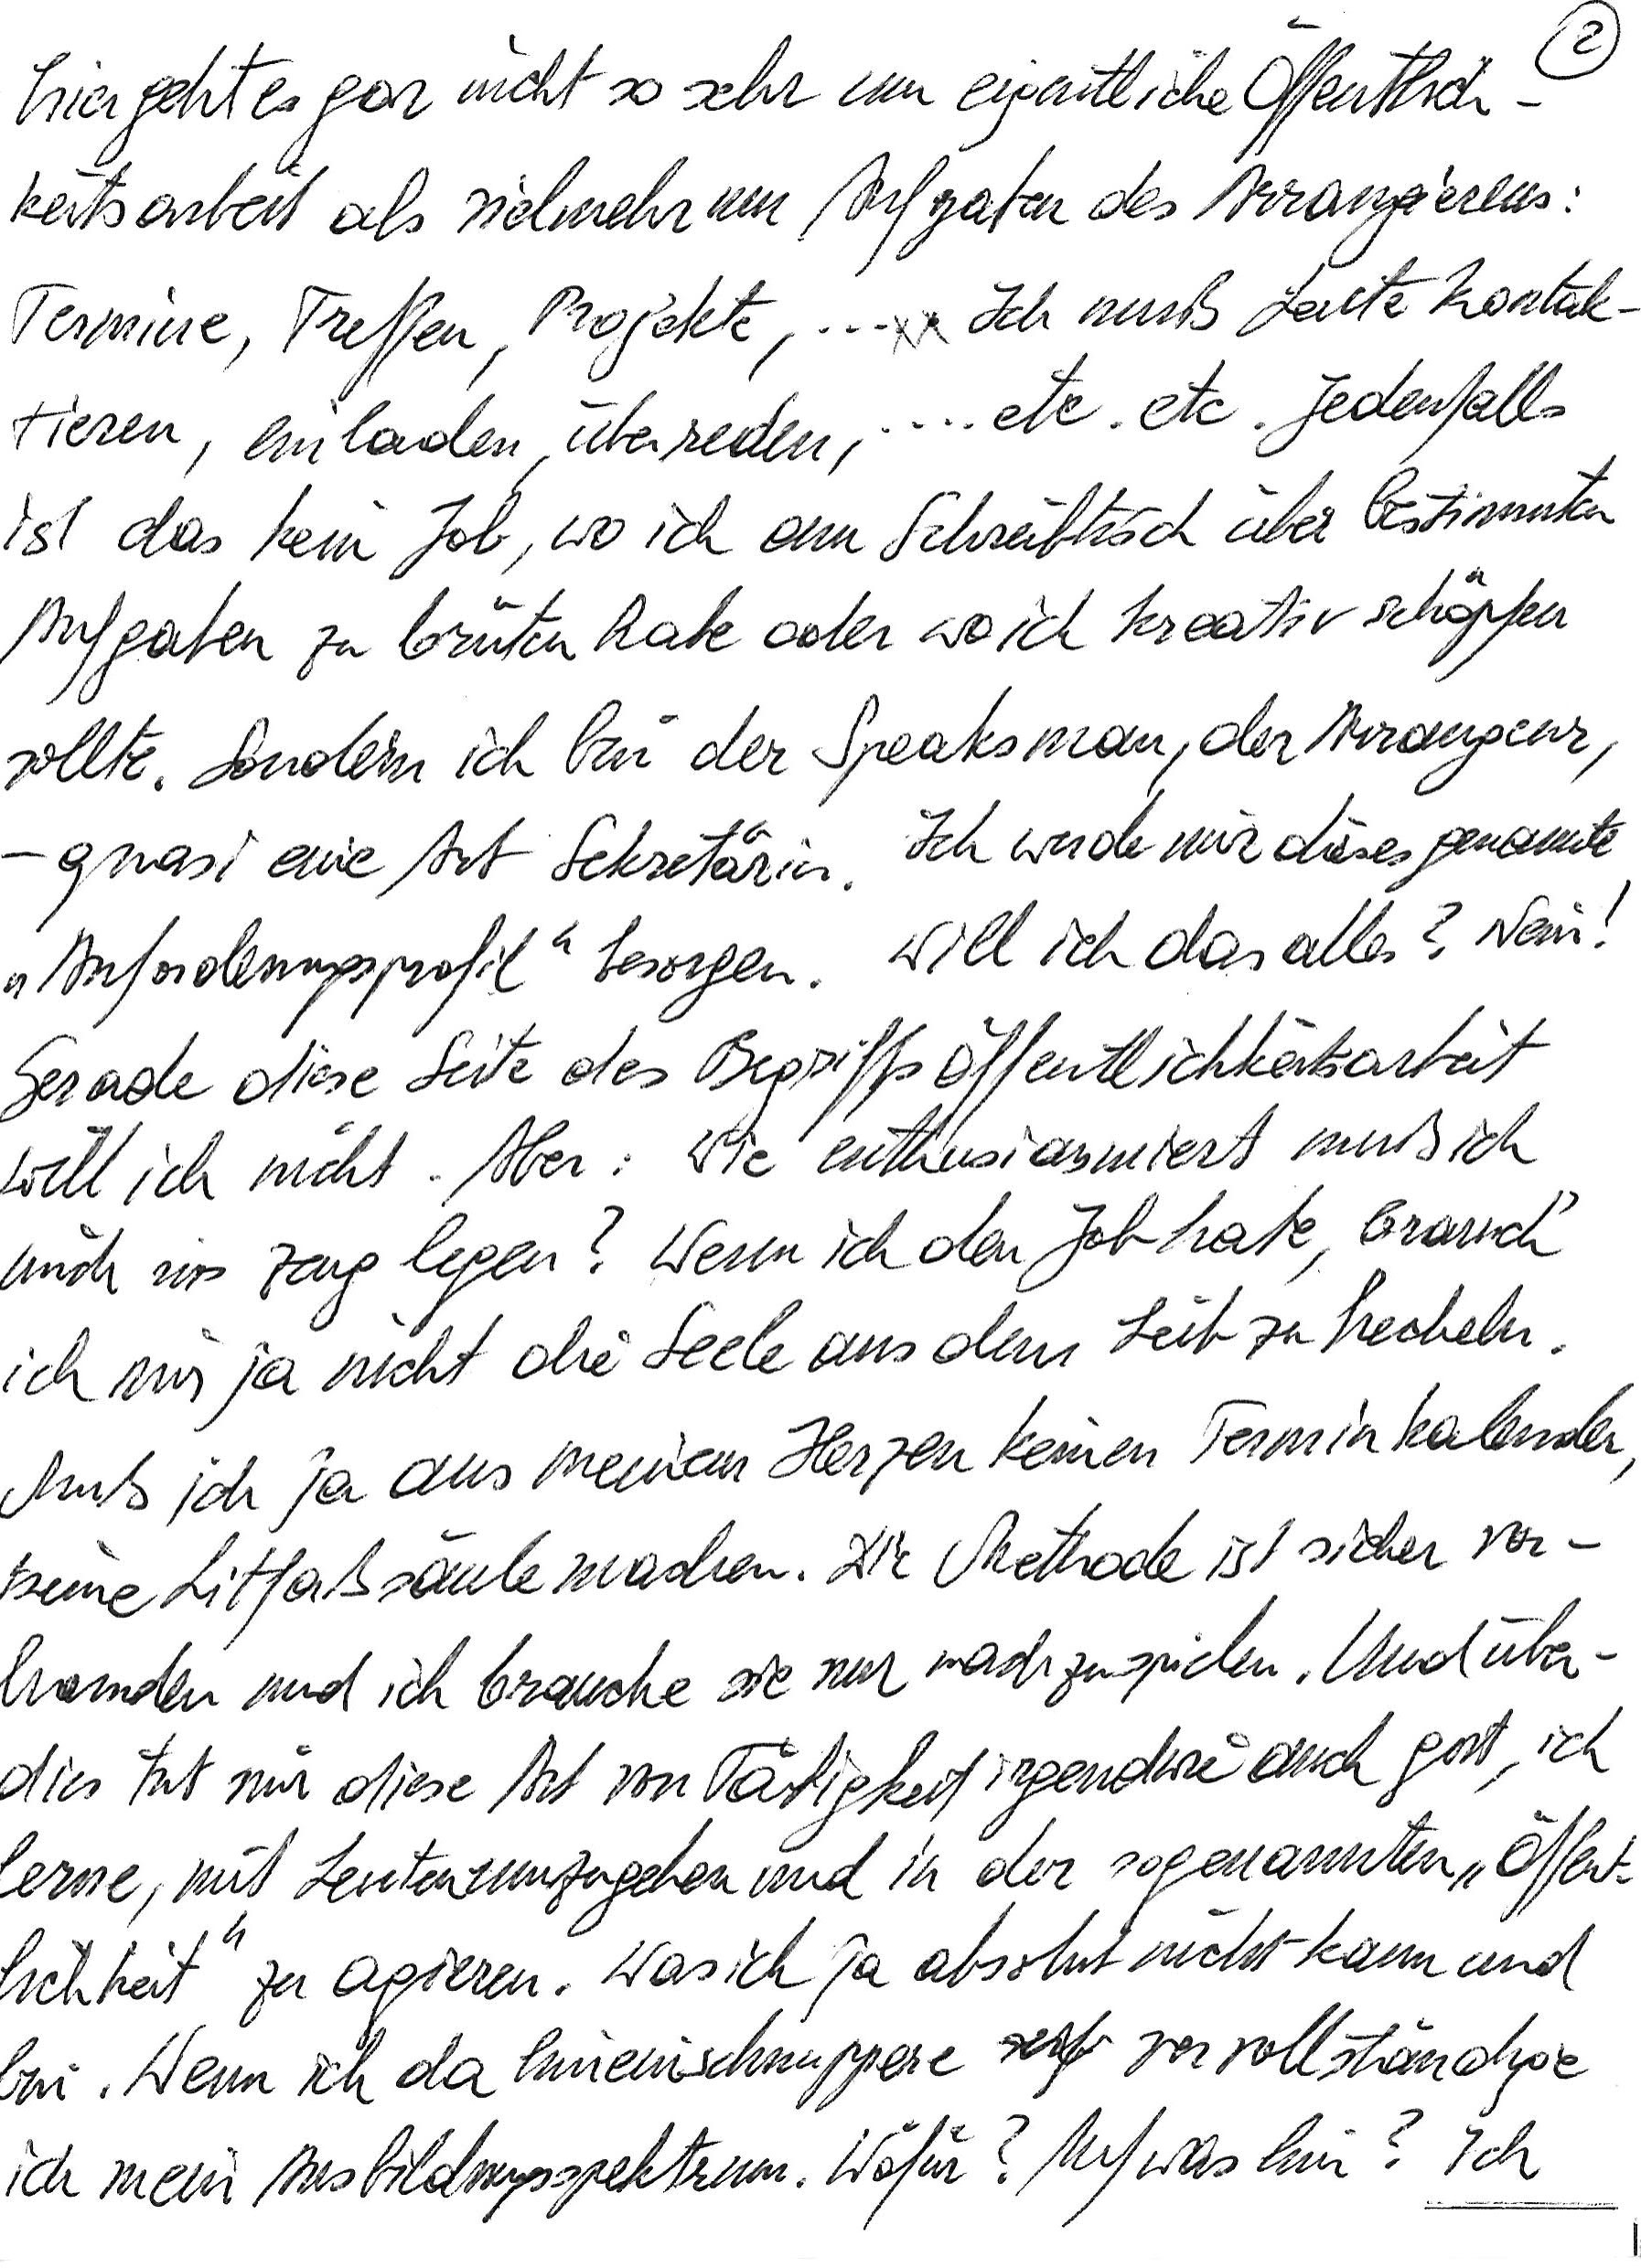
hier geht es gar nicht so sehr um eigentliche Öffentlich-
keitsarbeit als vielmehr um Aufgaben des Arrangierens:
Termine, Treffen, Projekte, … Ich muß Leute kontak-
tieren, einladen, überreden, … etc. etc. Jedenfalls
ist das kein Job, wo ich am Schreibtisch über bestimmten
Aufgaben zu brüten habe oder wo ich kreativ schöpfen
sollte. Sondern ich bin der Speaksman, der Arrangeur,
– quasi eine Art Sekretärin. Ich werde mir dieses genannte
„Anforderungsprofil“ besorgen. Will ich das alles? Nein!
Gerade diese Seite des Begriffs Öffentlichkeitsarbeit
will ich nicht. Aber: Wie enthusiasmiert muß ich
mich ins Zeug legen? Wenn ich den Job habe, brauch‘
ich mir ja nicht die Seele aus dem Leib zu hecheln.
Muß ich ja aus meinem Herzen keinen Terminkalender,
keine Litfaßsäule machen. Die Methode ist sicher vor-
handen und ich brauche sie nur nachzuspielen. Und über-
dies tut mir diese Art von Tätigkeit irgendwie auch gut, ich
lerne, mit Leuten umzugehen und in der sogenannten „Öffent-
lichkeit“ zu agieren. Was ich ja absolut nicht kann und
bin. Wenn ich da hineinschnuppere vervollständige
ich mein Ausbildungsspektrum. Wofür? Auf was hin? Ich